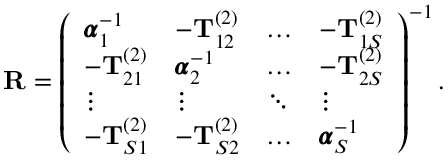
\begin{array} { r } { \mathbf { R } = \left( \begin{array} { l l l l } { \pmb { \alpha } _ { 1 } ^ { - 1 } } & { - \mathbf { T } _ { 1 2 } ^ { ( 2 ) } } & { \dots } & { - \mathbf { T } _ { 1 S } ^ { ( 2 ) } } \\ { - \mathbf { T } _ { 2 1 } ^ { ( 2 ) } } & { \pmb { \alpha } _ { 2 } ^ { - 1 } } & { \dots } & { - \mathbf { T } _ { 2 S } ^ { ( 2 ) } } \\ { \vdots } & { \vdots } & { \ddots } & { \vdots } \\ { - \mathbf { T } _ { S 1 } ^ { ( 2 ) } } & { - \mathbf { T } _ { S 2 } ^ { ( 2 ) } } & { \dots } & { \pmb { \alpha } _ { S } ^ { - 1 } } \end{array} \right) ^ { - 1 } . } \end{array}